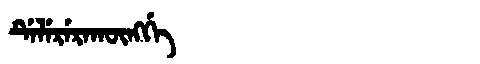
Manchu: ᡩᡝᠯᡝᡵᡝᡵᠠᡴᡡᠩᡤᡝ
Romanization: DELERERAKŪNGGE